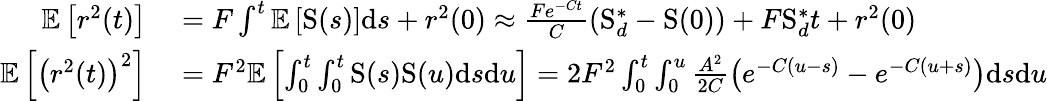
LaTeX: \begin{array}{rl}{\mathbb{E}\left[r^{2}(t)\right]}&{{}=F\int^{t}\mathbb{E}\left[\mathrm{S}(s)\right]\mathrm{d}s+r^{2}(0)\approx\frac{Fe^{-Ct}}{C}\left(\mathrm{S}_{d}^{\ast}-\mathrm{S}(0)\right)+F\mathrm{S}_{d}^{\ast}t+r^{2}(0)}\\ {\mathbb{E}\left[\left(r^{2}(t)\right)^{2}\right]}&{{}=F^{2}\mathbb{E}\left[\int_{0}^{t}\int_{0}^{t}\mathrm{S}(s)\mathrm{S}(u)\mathrm{d}s\mathrm{d}u\right]=2F^{2}\int_{0}^{t}\int_{0}^{u}\frac{A^{2}}{2C}\left(e^{-C(u-s)}-e^{-C(u+s)}\right)\mathrm{d}s\mathrm{d}u}\end{array}